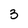
Character: 3